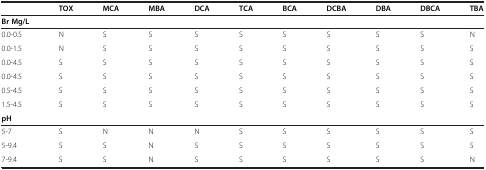
<table><thead><tr><td><b> </b></td><td><b>TOX</b></td><td><b>MCA</b></td><td><b>MBA</b></td><td><b>DCA</b></td><td><b>TCA</b></td><td><b>BCA</b></td><td><b>DCBA</b></td><td><b>DBA</b></td><td><b>DBCA</b></td><td><b>TBA</b></td></tr></thead><tbody><tr><td><b>Br Mg/L</b></td><td> </td><td> </td><td> </td><td> </td><td> </td><td> </td><td> </td><td> </td><td> </td><td> </td></tr><tr><td>0.0-0.5</td><td>N</td><td>S</td><td>S</td><td>S</td><td>S</td><td>S</td><td>S</td><td>S</td><td>S</td><td>N</td></tr><tr><td>0.0-1.5</td><td>N</td><td>S</td><td>S</td><td>S</td><td>S</td><td>S</td><td>S</td><td>S</td><td>S</td><td>S</td></tr><tr><td>0.0-4.5</td><td>S</td><td>S</td><td>S</td><td>S</td><td>S</td><td>S</td><td>S</td><td>S</td><td>S</td><td>S</td></tr><tr><td>0.0-4.5</td><td>S</td><td>S</td><td>S</td><td>S</td><td>S</td><td>S</td><td>S</td><td>S</td><td>S</td><td>S</td></tr><tr><td>0.5-4.5</td><td>S</td><td>S</td><td>S</td><td>S</td><td>S</td><td>S</td><td>S</td><td>S</td><td>S</td><td>S</td></tr><tr><td>1.5-4.5</td><td>S</td><td>S</td><td>S</td><td>S</td><td>S</td><td>S</td><td>S</td><td>S</td><td>S</td><td>S</td></tr><tr><td><b>pH</b></td><td> </td><td> </td><td> </td><td> </td><td> </td><td> </td><td> </td><td> </td><td> </td><td> </td></tr><tr><td>5-7</td><td>S</td><td>N</td><td>N</td><td>N</td><td>S</td><td>S</td><td>S</td><td>S</td><td>S</td><td>S</td></tr><tr><td>5-9.4</td><td>S</td><td>S</td><td>N</td><td>S</td><td>S</td><td>S</td><td>S</td><td>S</td><td>S</td><td>S</td></tr><tr><td>7-9.4</td><td>S</td><td>S</td><td>N</td><td>S</td><td>S</td><td>S</td><td>S</td><td>S</td><td>S</td><td>N</td></tr></tbody></table>